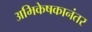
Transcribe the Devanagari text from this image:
अभिकेषकानंतर